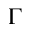
\Gamma